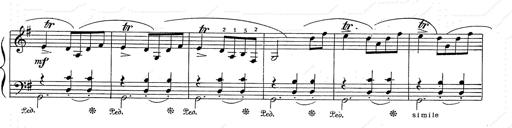
Title: 6 Polish Songs
Composer: Franz Liszt